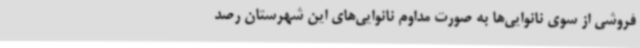
فروشی از سوی نانوایی‌ها به صورت مداوم نانوایی‌های این شهرستان رصد